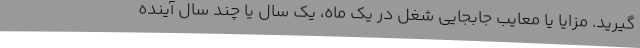
گیرید. مزایا یا معایب جابجایی شغل در یک ماه، یک سال یا چند سال آینده